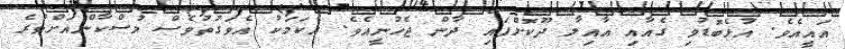
އައީއެވެ. އުޅެބޮޑުވި ގެއާއި އާއިލާ ދޫކޮށްފައި ދާން ޖެހުނީއެވެ. އެކަމަކު އެވަގުތުވެސް މުސްކާންއަށްވުރެ